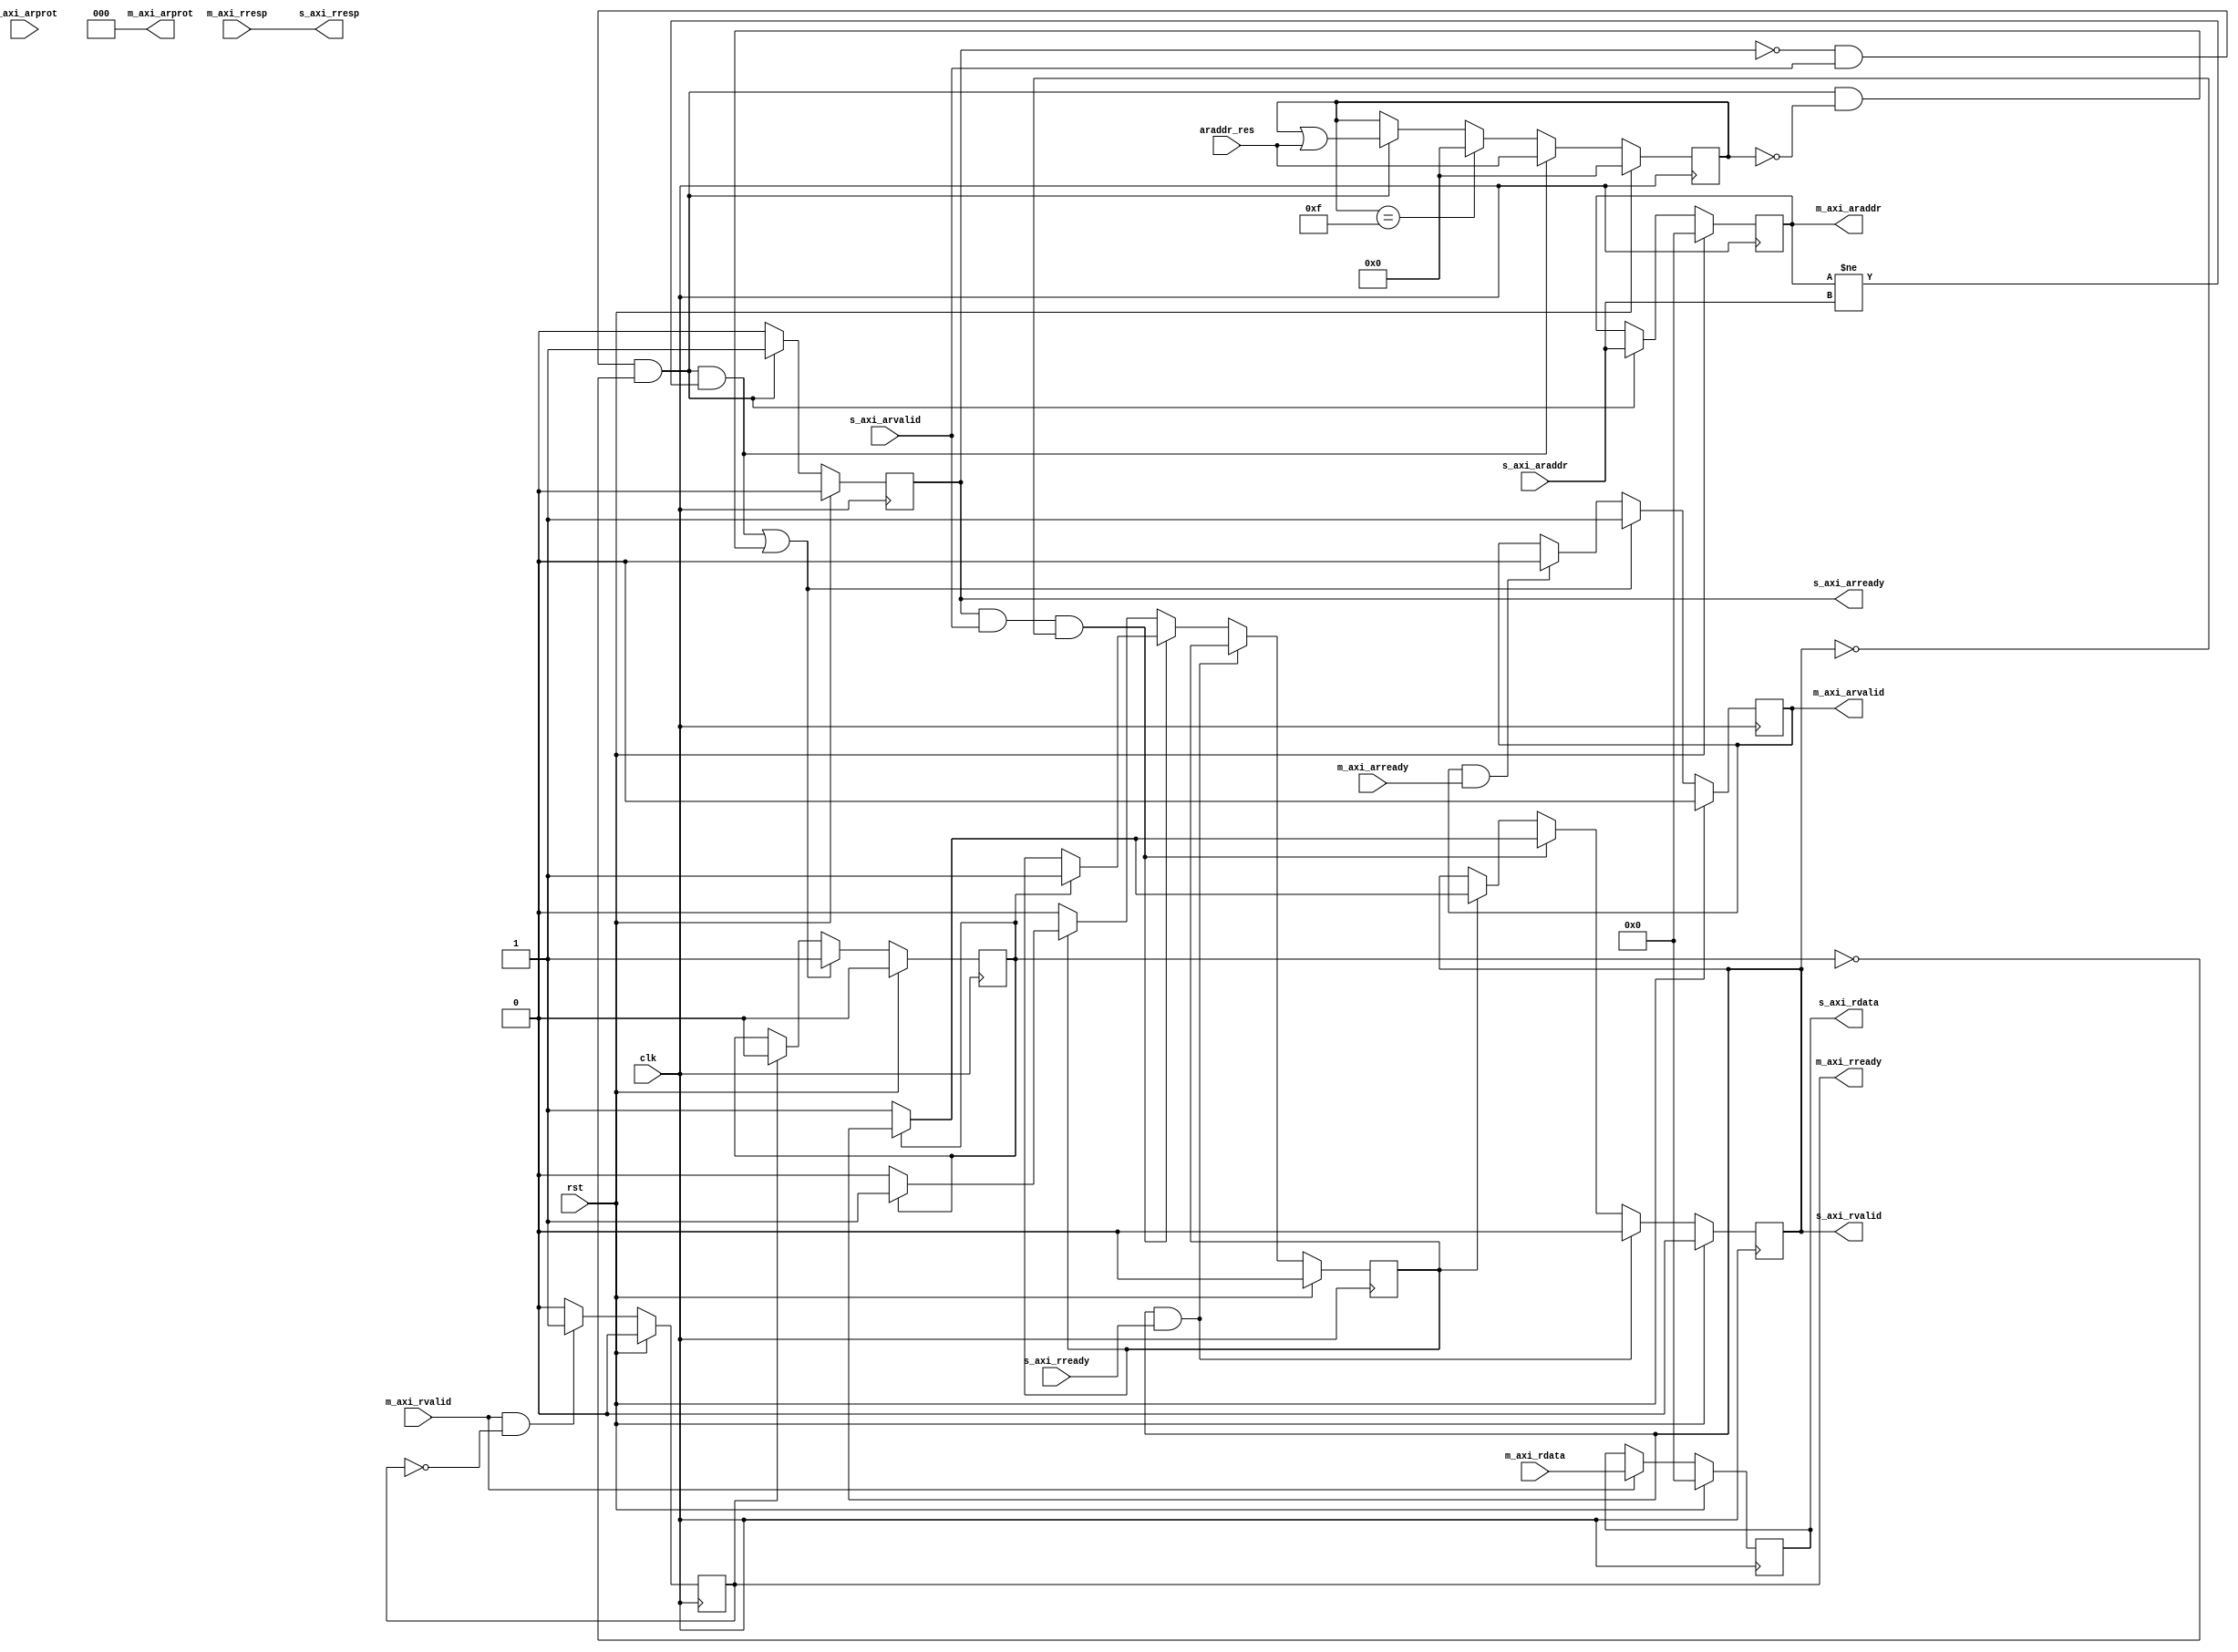
`timescale 1ns / 1ps

module adapter_8_32_r(
    input wire clk,
    input wire rst,

    // S AXI
    input  wire [31:0] s_axi_araddr, // read address
    input  wire [2:0]  s_axi_arprot, // read channel protection type
    input  wire        s_axi_arvalid,// read address valid
    output wire        s_axi_arready,// read address ready
    output wire [31:0] s_axi_rdata,  // read data
    output wire        s_axi_rvalid, // read valid
    input  wire        s_axi_rready, // read ready
    output wire [1:0]  s_axi_rresp,  // read response

    // M AXI
    output wire [31:0] m_axi_araddr, // read address
    output wire [2:0]  m_axi_arprot, // read channel protection type
    output wire        m_axi_arvalid,// read address valid
    input  wire        m_axi_arready,// read address ready
    input  wire [31:0] m_axi_rdata,  // read data
    input  wire        m_axi_rvalid, // read valid
    output wire        m_axi_rready, // read ready
    input  wire [1:0]  m_axi_rresp,  // read response

    // control
    input  wire [3:0]  araddr_res    // address residual
);

    assign s_axi_rresp = m_axi_rresp;

    
    /*********************
        SLAVE INTERFACE
    *********************/
    wire m_busy;
    reg s_arready_buf;
    reg [31:0] s_araddr_buf;

    assign s_axi_arready = s_arready_buf;
    assign m_axi_araddr = s_araddr_buf;

    wire ar_acc = ~s_arready_buf && s_axi_arvalid && ~m_busy;

    always @(posedge clk) begin
        if (rst) begin
            s_arready_buf <= 1'b0;
            s_araddr_buf <= 32'b0;
        end else begin
            if (ar_acc) begin
                s_arready_buf <= 1'b1;
                s_araddr_buf <= s_axi_araddr;
            end else begin
                s_arready_buf <= 1'b0;
            end
        end
    end

    wire addr_change = ar_acc && (s_araddr_buf != s_axi_araddr);

    reg [3:0] addr_res_buf;
    always @(posedge clk) begin
        if (rst) begin
           addr_res_buf <= 4'b00;
        end else begin
            if (addr_change) begin
                addr_res_buf <= araddr_res;
            end else begin
                if (addr_res_buf == 4'b1111) begin
                    addr_res_buf <= 4'b0000;
                end else begin
                    if (ar_acc) begin
                        addr_res_buf <= addr_res_buf | araddr_res;
                    end
                end
            end
        end
    end

    wire refresh = ar_acc && (addr_res_buf == 4'b0000);

    reg s_rvalid_buf;
    reg [1:0] s_rresp_buf;

    wire r_acc = s_arready_buf && s_axi_arvalid && ~s_rvalid_buf;
    reg wait_read;

    always @(posedge clk) begin
        if (rst) begin
            s_rvalid_buf <= 1'b0;
            s_rresp_buf <= 2'b0;
            wait_read <= 1'b0;
        end else begin
            if (s_rvalid_buf && s_axi_rready) begin
                s_rvalid_buf <= 1'b0;
            end else if (r_acc) begin
                if (~m_busy) begin
                    s_rvalid_buf <= 1'b1;
                    s_rresp_buf <= 2'b0;
                end else begin
                    wait_read <= 1'b1;
                end
            end else if (wait_read) begin
                if (~m_busy) begin
                    s_rvalid_buf <= 1'b1;
                    s_rresp_buf <= 2'b0;
                    wait_read <= 1'b0;
                end
            end
        end
    end
    assign s_axi_rvalid = s_rvalid_buf;

    /*********************
        MASTER INTERFACE
    *********************/

    // arvalid
    reg m_arvalid_buf;
    always @(posedge clk) begin
        if (rst) begin
            m_arvalid_buf <= 1'b0;
        end else begin
            if (addr_change | refresh) begin
                m_arvalid_buf <= 1'b1;
            end else if (m_arvalid_buf && m_axi_arready) begin
                m_arvalid_buf <= 1'b0;
            end
        end
    end
    assign m_axi_arvalid = m_arvalid_buf;

    /////////////////////////////////// Read data handling
    reg [31:0] m_rdata_buf;
    always @(posedge clk) begin
        if (rst) begin
            m_rdata_buf <= 32'b0;
        end else begin
            if (m_axi_rvalid) begin
                m_rdata_buf <= m_axi_rdata;
            end
        end
    end
    assign s_axi_rdata = m_rdata_buf;

    /////////////////////////////////// Read response handling
    reg m_rready_buf;
    always @(posedge clk) begin
        if (rst) begin
            m_rready_buf <= 1'b0;
        end else begin
            if (m_axi_rvalid && ~m_rready_buf) begin
                m_rready_buf <= 1'b1;
            end else if (m_rready_buf) begin
                m_rready_buf <= 1'b0;
            end else begin
                m_rready_buf <= m_rready_buf;
            end
        end
    end
    assign m_axi_rready = m_rready_buf;

    /////////////////////////////////// Protection type
    assign m_axi_arprot = 3'b000;

    /////////////////////////////////// m_busy
    reg m_busy_buf;
    always @(posedge clk) begin
        if (rst) begin
            m_busy_buf <= 1'b0;
        end else begin
            if (addr_change | refresh) begin
                m_busy_buf <= 1'b1;
            end else if (m_rready_buf) begin
                m_busy_buf <= 1'b0;
            end
        end
    end
    assign m_busy = m_busy_buf;

endmodule